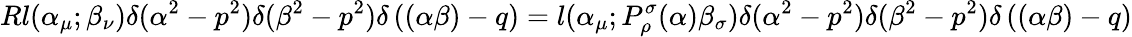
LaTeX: Rl(\alpha_{\mu};\beta_{\nu})\delta(\alpha^{2}-p^{2})\delta(\beta^{2}-p^{2})\delta\left((\alpha\beta)-q\right)=l(\alpha_{\mu};P_{\rho}^{\sigma}(\alpha)\beta_{\sigma})\delta(\alpha^{2}-p^{2})\delta(\beta^{2}-p^{2})\delta\left((\alpha\beta)-q\right)